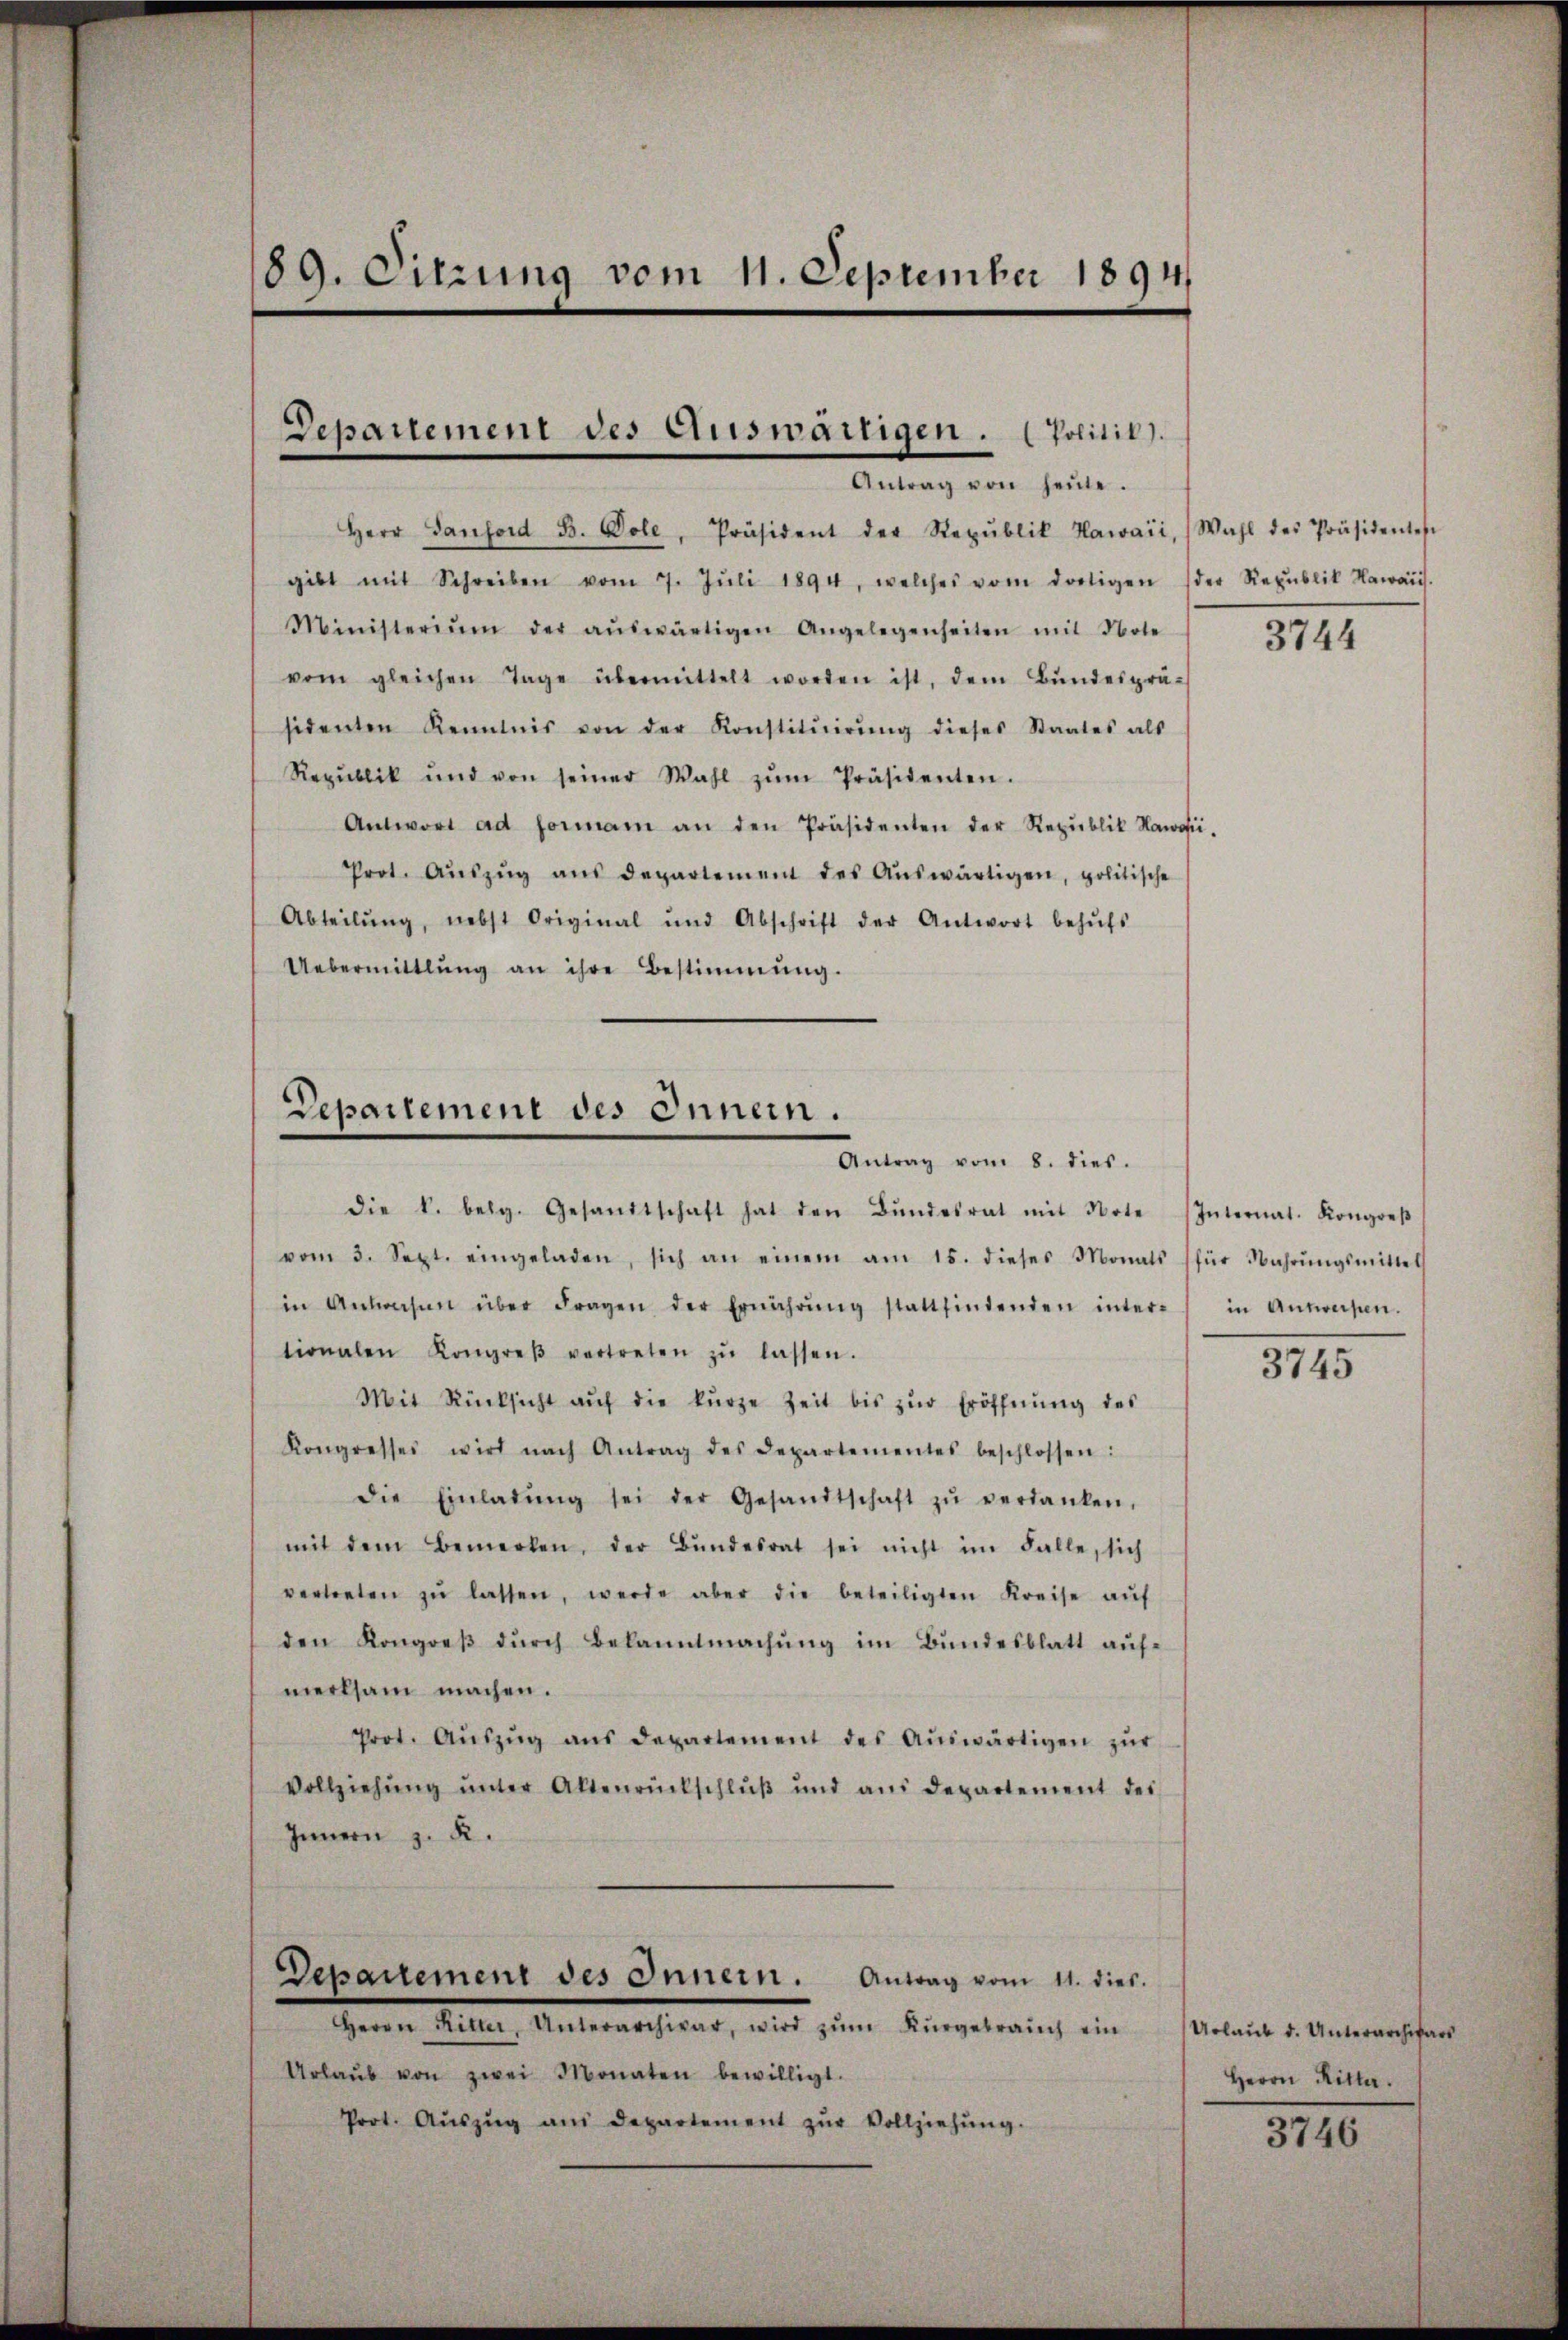
89. Sitzung vom 11. September 1894

Departement des Auswärtigen. (Politik).
Antrag von heŭte.

Herr Sanford B. Vole, Präsident der Republik Hawaii, Wahl des Präsidentes
gibt mit Schreiben vom 7. Jŭli 1894, welches vom dortigen (der Republik Hawaris.
Ministerium der aŭswärtigen Angelegenheiten mit Note
vom gleichen Tage übermittelt worden ist, dem Bŭndesprä-
sidenten Kenntnis von der Konstitŭirŭng dieses Staates als
Republik und von seiner Wahl zŭm Präsidenten.
Antwort ad forman an den Präsidenten der Republik Nawo-
Prot. Aŭszŭg aŭs departement des Aŭswärtigen, politische
Abteilŭng, nebst Original und Abschrift der Antwort behŭfs
Uebermittlung an ihre Bestimmung.

Departement des Innern.
Antrag vom 8. dies.

die k. belg. Gesandtschaft hat den Bŭndesrat mit Note Internat. Kongreβ
vom 3. Sept. eingeladen, sich an einem am 15. dieses Monats für Wahrŭngsmittel
in Antrasen über Fragen der Ernährŭng stattfindenden inter in Antweisen.
tionalen Kongreβ vertreten zŭ lassen.
Mit Rücksicht aŭf die kurze Zeit bis zŭr Eröffnŭng des
Kongresses wird nach Antrag des Departementes beschlossen:
die Einladŭng sei der Gesandtschaft zŭ verdanken.
mit dem Bemerken, der Bŭndesrat sei nicht im Falle, sich
vertreten zŭ lassen, werde aber die beteiligten Kreise aŭf
den Kongreβ dŭrch Bekanntmachŭng im Bundesblatt aŭf-
merksam machen.
Prot. Aŭszŭg aŭs departement des Aŭswärtigen zŭr
Vollziehŭng ŭnter Altenrückschlŭβ ŭnd an Departement des
Innern z. K.
Departement des Innern. Antrag vom 11. dies.
Herrn Ritter, Unterarchivar, wird zŭm Kŭrgebrauch ein Urlaŭb d. Unterarchivars
Urlaŭb von zwei Monaten bewilligt.
Prot. Aŭszŭg ans Departement zŭr Vollziehŭng.

3744

3745

Herrn Ritter.

3746